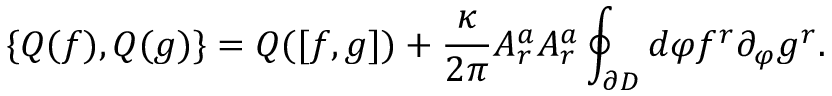
\{ Q ( f ) , Q ( g ) \} = Q ( [ f , g ] ) + \frac { \kappa } { 2 \pi } A _ { r } ^ { a } A _ { r } ^ { a } \oint _ { \partial D } d \varphi f ^ { r } \partial _ { \varphi } g ^ { r } .